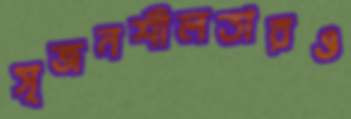
সৃজনশীলতারও